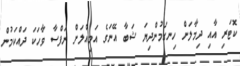
ކޮޓަރި އާއި ދިމާލަށް ހިނގަމުންދިޔަ ޝަބާ އޭނަގެ އަމިއްލަށް ނަފްސާ ވާހަކަ ދައްކަމުން